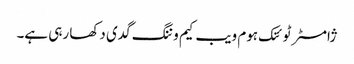
ژامسٹر ٹوئنک ہوم ویب کیم وننگ گدی دکھا رہی ہے۔